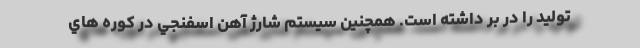
توليد را در بر داشته است. همچنین سيستم شارژ آهن اسفنجي در كوره هاي